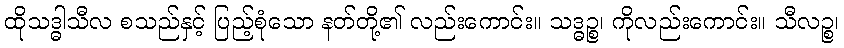
ထိုသဒ္ဓါသီလ စသည်နှင့် ပြည့်စုံသော နတ်တို့၏ လည်းကောင်း။ သဒ္ဓဉ္စ၊ ကိုလည်းကောင်း။ သီလဉ္စ၊